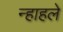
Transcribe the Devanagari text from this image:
न्हाहले